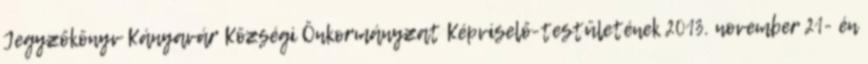
Jegyzőkönyv Kányavár Községi Önkormányzat Képviselő-testületének 2013. november 21- én